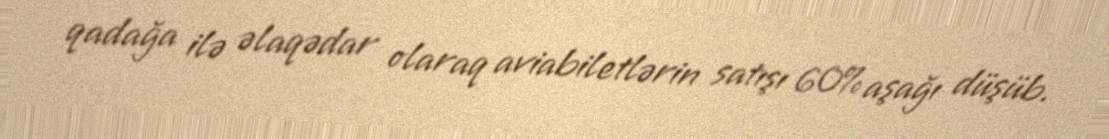
qadağa ilə əlaqədar olaraq aviabiletlərin satışı 60% aşağı düşüb.